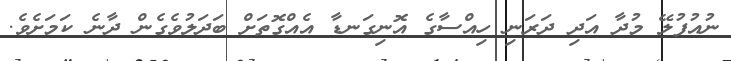
ނުއުފުލޭ މުދާ އަދި ދަރަނި ހިއްސާގެ އޮނިގަނޑާ އެއްގޮތަށް ބަދަލުވެގެން ދާނެ ކަމަށެވެ.